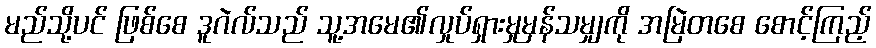
မည်သို့ပင် ဖြစ်စေ ဒူဂဲလ်သည် သူ့အမေ၏လှုပ်ရှားမှုမှန်သမျှကို အမြဲတစေ စောင့်ကြည့်